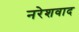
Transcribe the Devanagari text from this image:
नरेशवाद